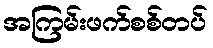
အကြမ်းဖက်စစ်တပ်